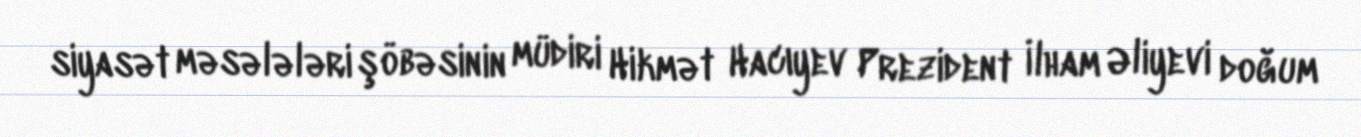
siyasət məsələləri şöbəsinin müdiri Hikmət Hacıyev Prezident İlham Əliyevi doğum